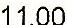
11.00